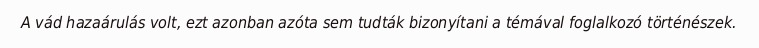
A vád hazaárulás volt, ezt azonban azóta sem tudták bizonyítani a témával foglalkozó történészek.